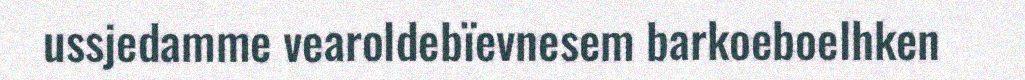
ussjedamme vearoldebïevnesem barkoeboelhken